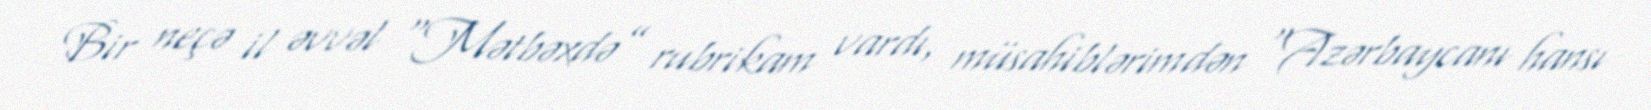
Bir neçə il əvvəl “Mətbəxdə” rubrikam vardı, müsahiblərimdən “Azərbaycanı hansı